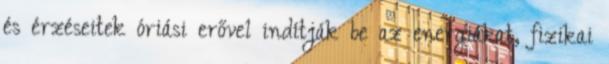
és érzéseitek óriási erővel indítják be az energiákat, fizikai